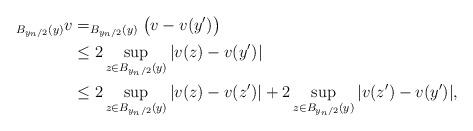
LaTeX: \begin{align*} _{B_{y_n/2}(y)} v &= _{B_{y_n/2}(y)} \big(v-v(y^\prime )\big) \\&\leq 2 \sup_{z\in B_{y_n/2}(y)} \vert v(z)-v(y^\prime )\vert \\&\leq 2 \sup_{z\in B_{y_n/2}(y)} \vert v(z)-v(z^\prime )\vert + 2 \sup_{z\in B_{y_n/2}(y)} \vert v(z^\prime )-v(y^\prime )\vert ,\end{align*}